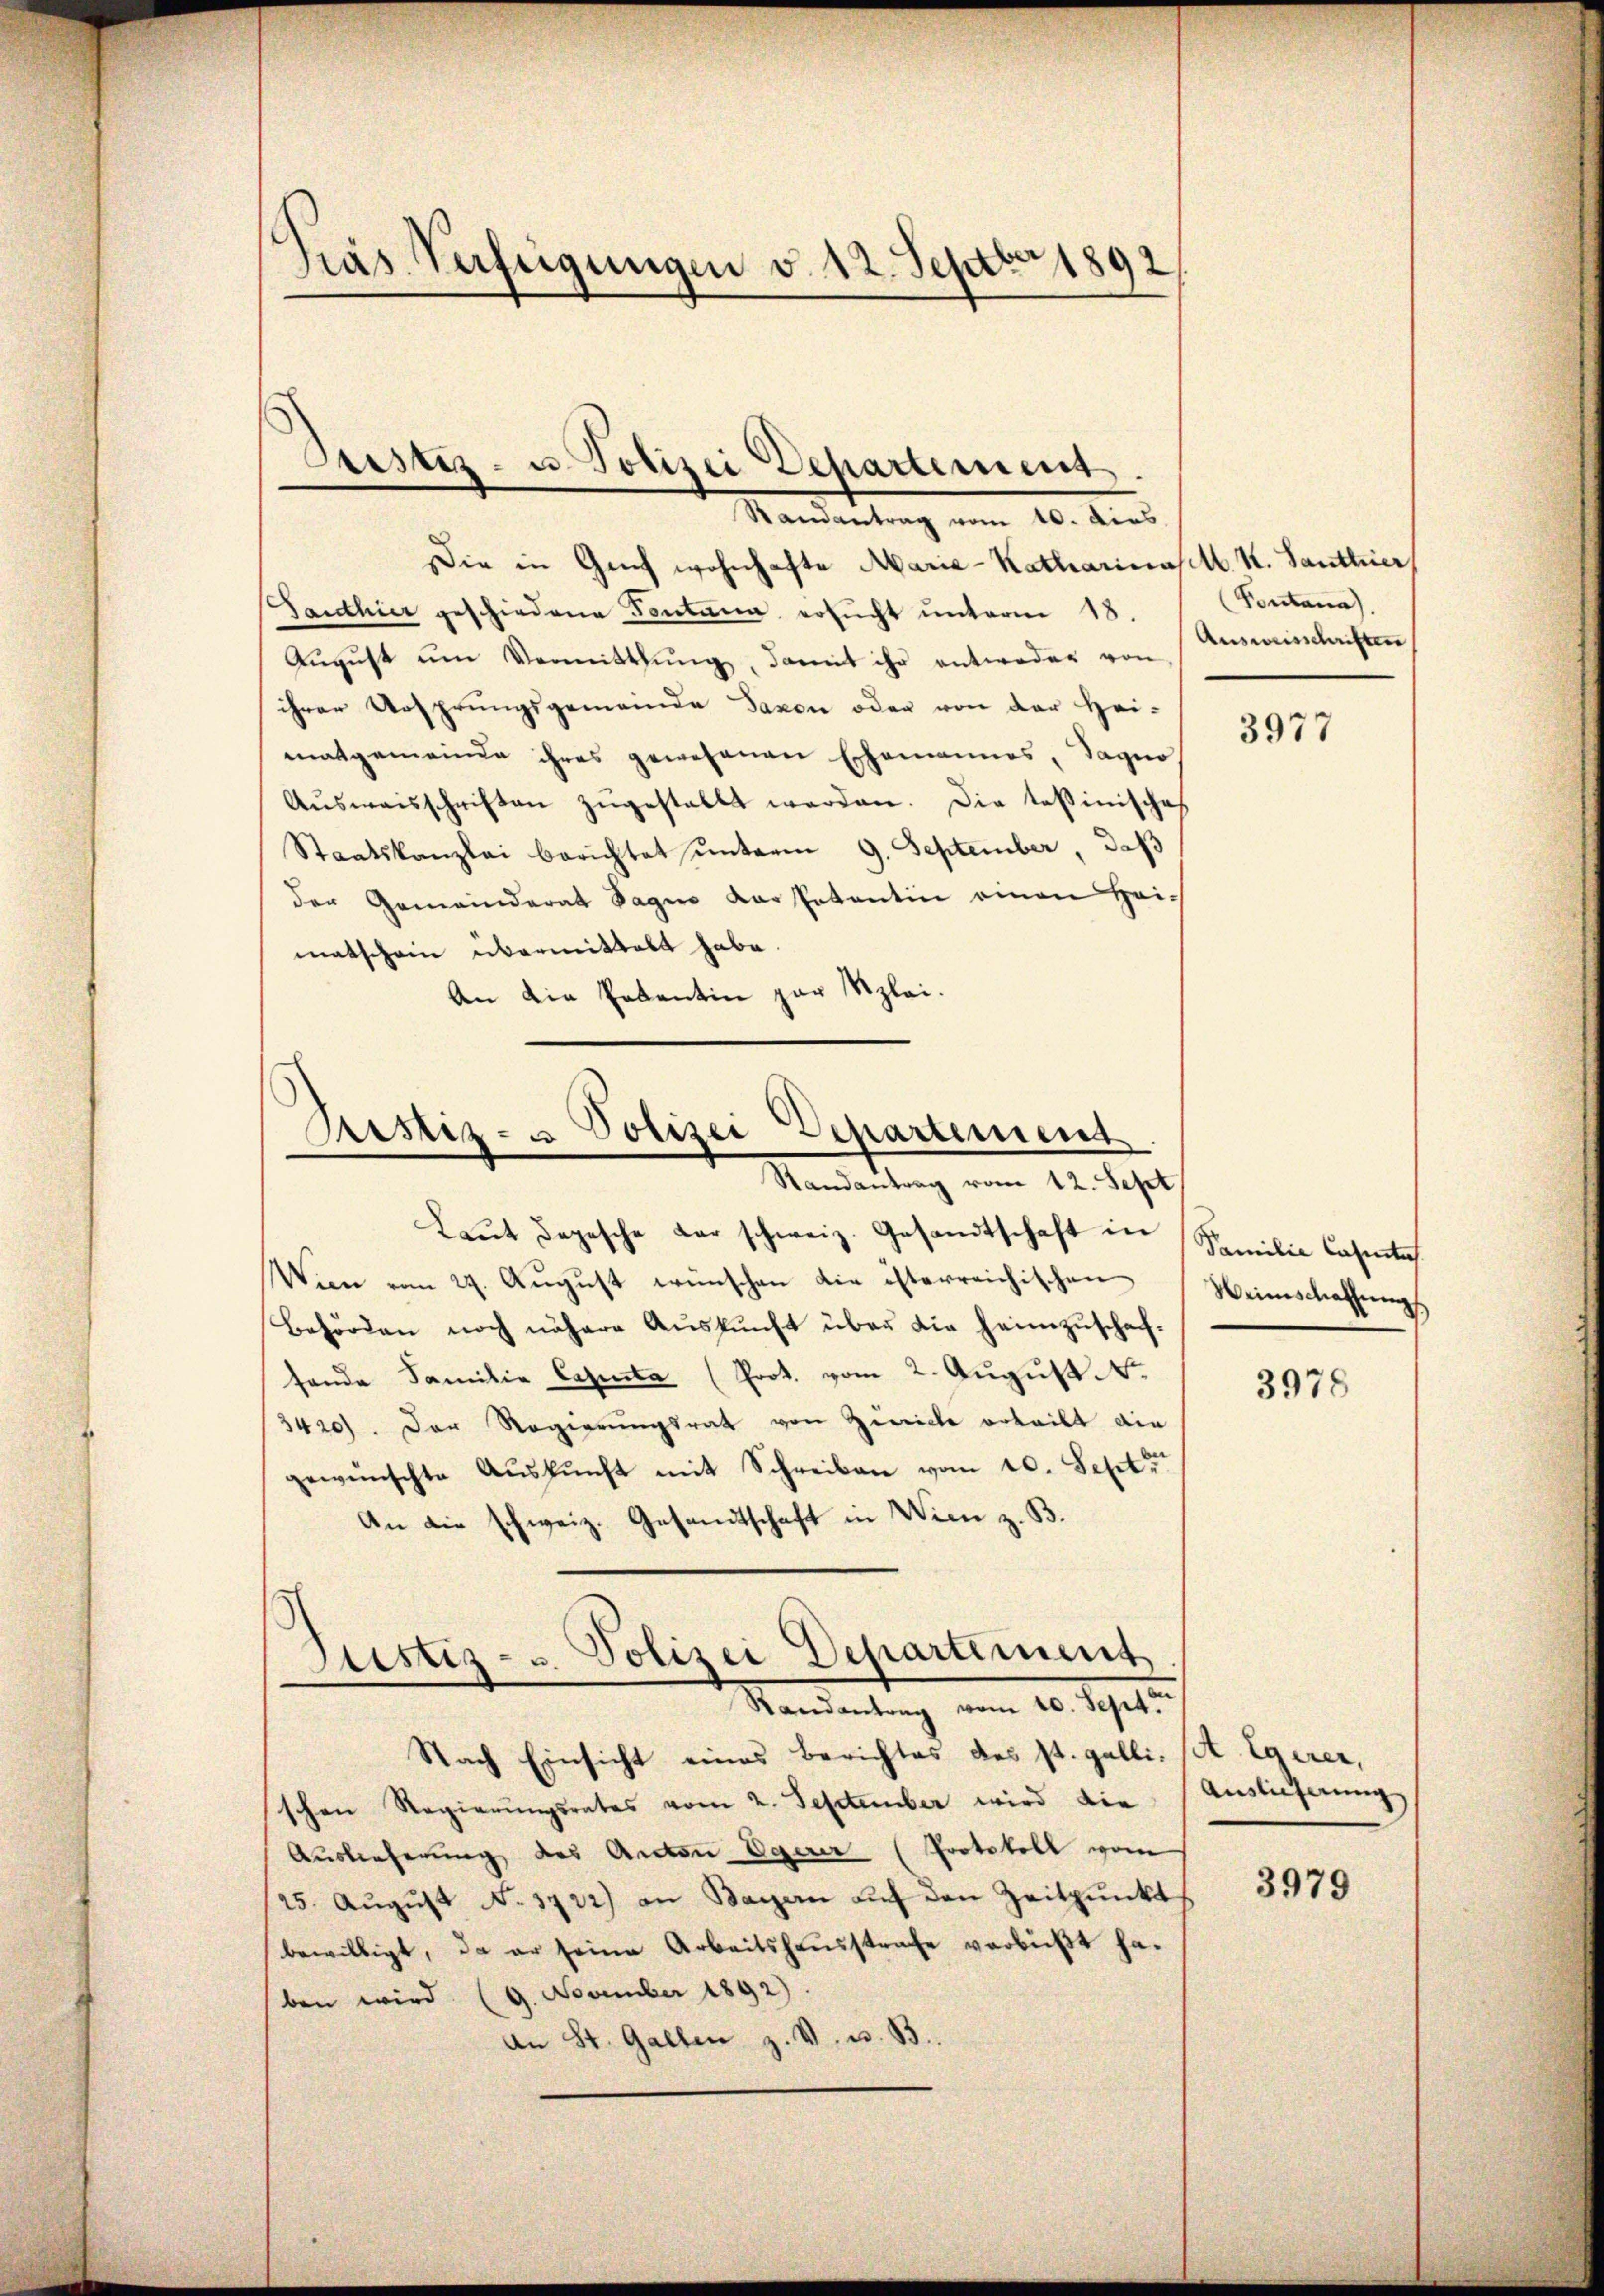
das Verfeigungen v. 12. Septbr 1892

Die in Genf wohnhafte Marie-Katharinas. S. Santhier
Santhier geschiedene Fontŭng ersŭcht ŭnterm 18.
Aŭgŭst ŭm Vermittlung, damit ihr antweder von
ihrer Ursprungsgemeinde Taxen oder von der Hei-
matgemeinde ihres gewesenen Ehemannes, Sagno
Aŭsweisschriften zŭgestellt werden. Die tessinisches
Staatskanzlei berichtet unterm 9. September, daß
der Gemeinderat Sagen der Patentin einen Heimatschein übermittalt habe.
An die Petentin zur Klei¬

Justiz- u. Polizei Departement.
Samantrag vom 10. dies

Ristiz- u Polizei Departement
Randantrag vom 12. Sept

Laŭt Depesche der schweiz. Gesandtschaft in Familie Cassentes
Wien vom 29. August wünschen die isterreichischen Weinschaffungs
Behörden noch nähere Auskunft über die heimzuschaffende Familie Casenta (Prot. vom 2. August
3420). Der Regierŭngsrat von Zürich erteilt die
gewünschte Aŭskŭnft mit Schreiben vom 10. Septe
An die schweiz. Gesandtschaft in Wien z. B.
Nach Einsicht eines Berichtes des St. Galli, A. Egeren,
schen Regierŭngsrates vom 2. September wird die Auslieferung
Auslieferung des Anton Egerer (Protokoll vom
25. August No. 1722) an Sagen auf den Zeitpunkt
bewilligt, da er seine Arbeitshausstrafe verbüßt haben wird (9. November 1892).
An St. Gallen z. V. u. B

Justiz- u. Polizei Departement
Randantrag vom 20. Sept.

Pontana
Ausweisschriften

3977

3978

3979